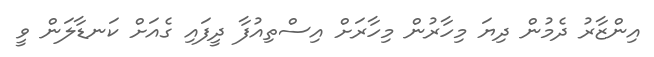
އިންޒާރު ދެމުން ދިޔަ މިހާރުން މިހާރަށް އިސްތިއުފާ ދީފައި ގެއަށް ކަނޑާލަން ވީ